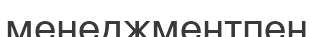
менеджментпен